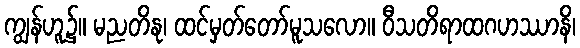
ကျွန်ဟူ၌။ မညတိနု၊ ထင်မှတ်တော်မူသလော။ ဝီသတိရာထဂဟဿာနိ၊